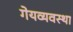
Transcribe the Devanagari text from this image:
गेयव्यवस्था